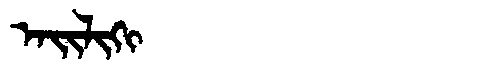
Manchu: ᠠᡳᠯᡳᡴᡳ
Romanization: AILIKI